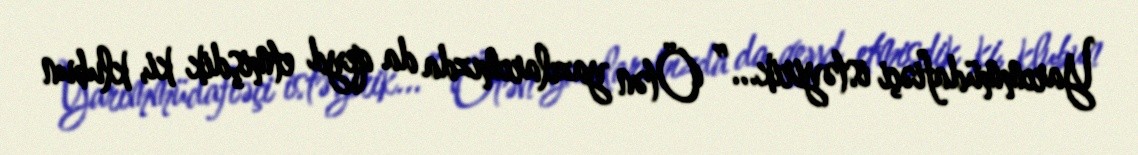
Yarımmüdafiəçi istəyirik...” Ötən yazılarımızda da qeyd etmişdik ki, klubun